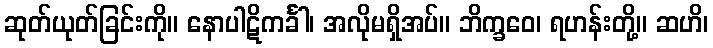
ဆုတ်ယုတ်ခြင်းကို။ နောပါဋိကင်္ခါ၊ အလိုမရှိအပ်။ ဘိက္ခဝေ၊ ရဟန်းတို့။ ဆဟိ၊